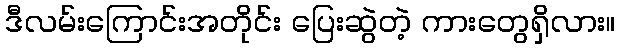
ဒီလမ်းကြောင်းအတိုင်း ပြေးဆွဲတဲ့ ကားတွေရှိလား။